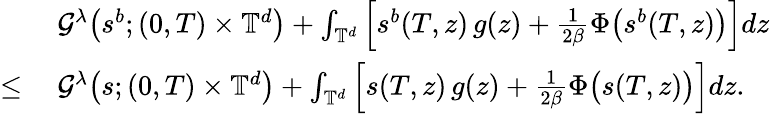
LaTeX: \begin{array}{rl}&{\ \mathcal{G}^{\lambda}\big(s^{b};(0,T)\times\mathbb{T}^{d}\big)+\int_{\mathbb{T}^{d}}\Big[s^{b}(T,z)\, g(z)+\frac{1}{2\beta}\Phi\big(s^{b}(T,z)\big)\Big]dz}\\ {\leq}&{\ \mathcal{G}^{\lambda}\big(s;(0,T)\times\mathbb{T}^{d}\big)+\int_{\mathbb{T}^{d}}\Big[s(T,z)\, g(z)+\frac{1}{2\beta}\Phi\big(s(T,z)\big)\Big]dz.}\end{array}